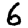
Digit: 6